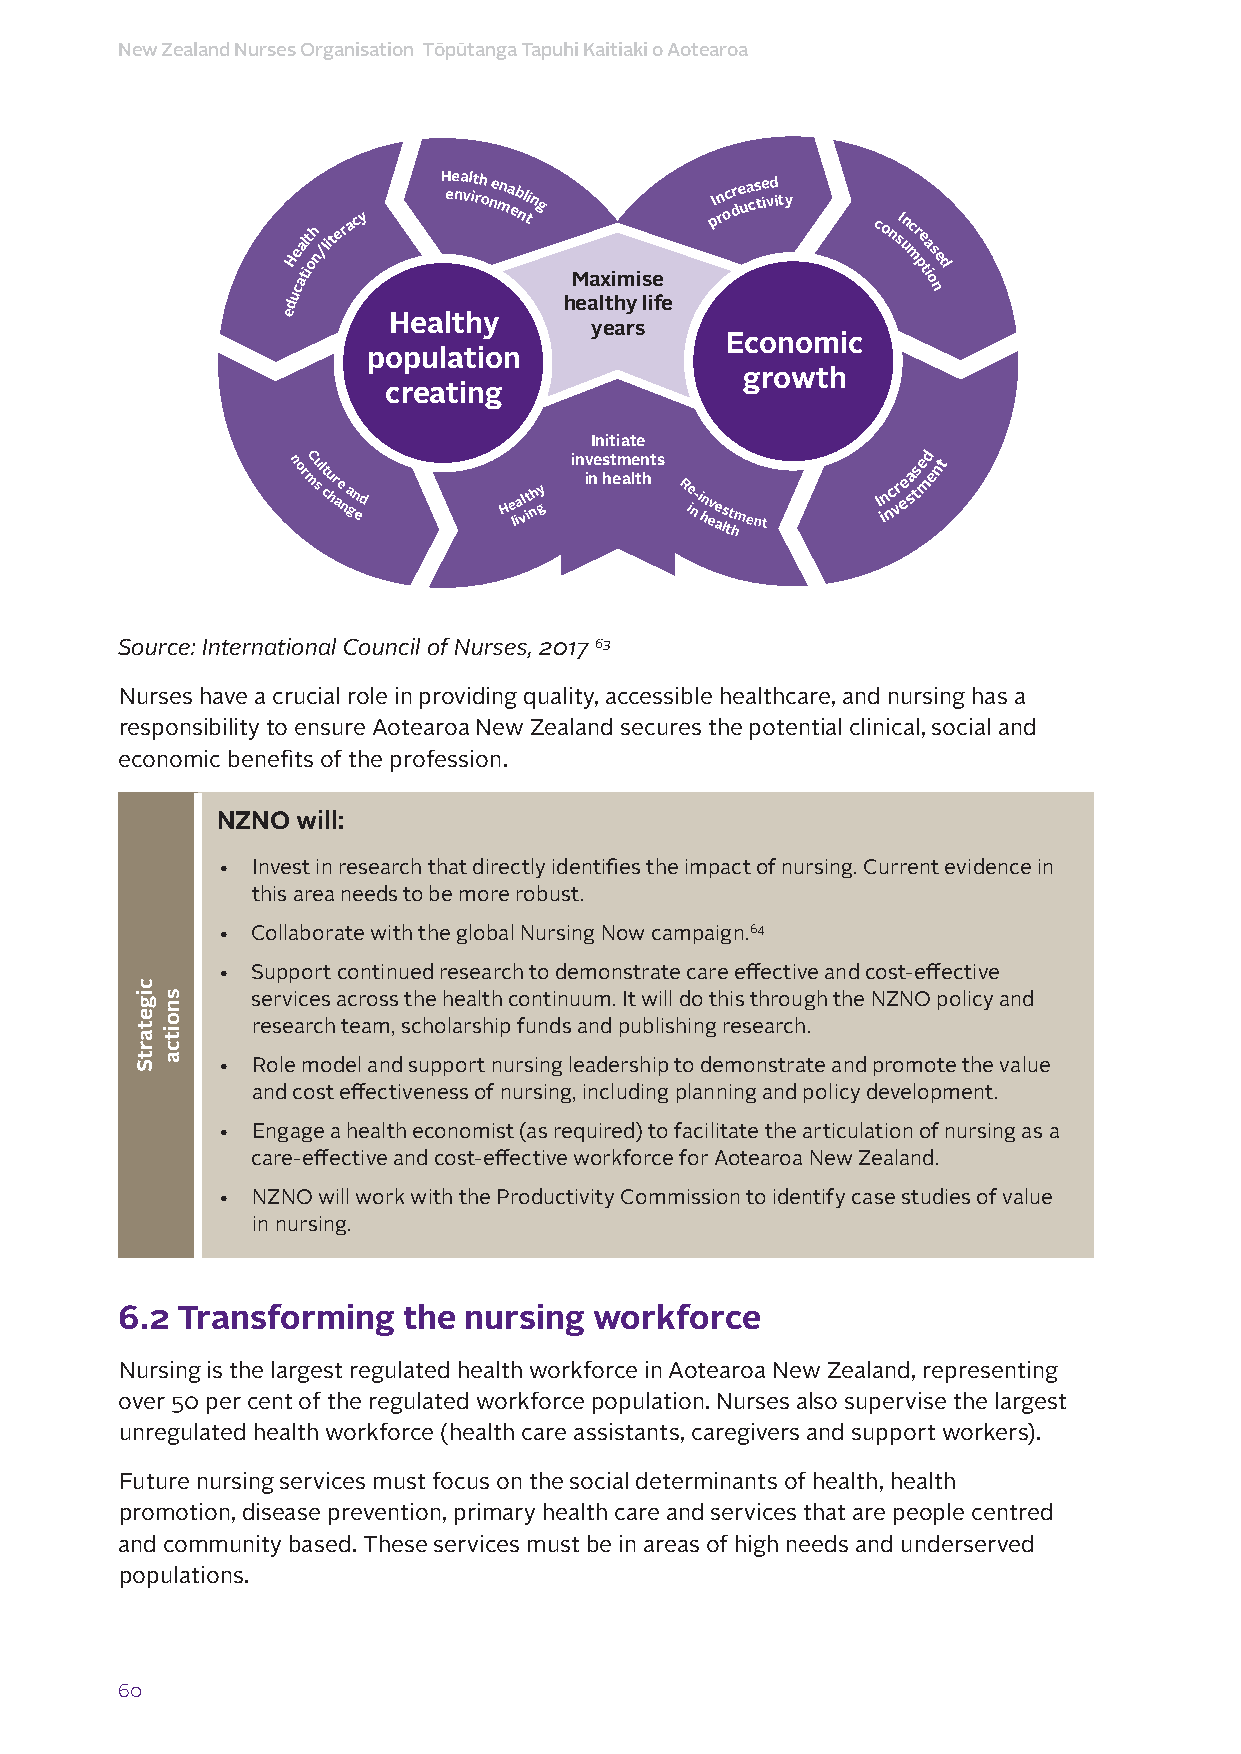
New Zealand Nurses Organisation Tōpūtanga Tapuhi Kaitiaki o Aotearoa
 H ue caa tl it
 oh
 n
 /literacy
 H ee na vl it rh o ne mna eb nl ting
 Maximise
 I pn roc dre ua cs te ivd it y
 consI un mcr
 pe ta
 i
 os ne
 d
 d                 healthy life
 e      Healthy
 years
 Economic
 population
 growth
 creating
 Initiate
 n or mCu sl t cu hr ae n a gn ed He lia vl it nh gy inv ine s ht em ale tn hts Re in- i hn eve as ltt hment I in nc vr ee sa tse md ent
 Source: International Council of Nurses, 2017 63
 Nurses have a crucial role in providing quality, accessible healthcare, and nursing has a
 responsibility to ensure Aotearoa New Zealand secures the potential clinical, social and
 economic benefits of the profession.
 NZNO  will:
 •  Invest in research that directly identifies the impact of nursing. Current evidence in
 this area needs to be more robust.
 •  Collaborate with the global Nursing Now campaign.64
 •  Support continued research to demonstrate care effective and cost-effective
 services across the health continuum. It will do this through the NZNO policy and
 research team, scholarship funds and publishing research.
 •  Role model and support nursing leadership to demonstrate and promote the value
 and cost effectiveness of nursing, including planning and policy development.
 •  Engage a health economist (as required) to facilitate the articulation of nursing as a
 care-effective and cost-effective workforce for Aotearoa New Zealand.
 •  NZNO will work with the Productivity Commission to identify case studies of value
 in nursing.
 6.2 Transforming   the nursing workforce
 Nursing is the largest regulated health workforce in Aotearoa New Zealand, representing
 over 50 per cent of the regulated workforce population. Nurses also supervise the largest
 unregulated health workforce (health care assistants, caregivers and support workers).
 Future nursing services must focus on the social determinants of health, health
 promotion, disease prevention, primary health care and services that are people centred
 and community based. These services must be in areas of high needs and underserved
 populations.
 60
 cigetartS
 snoitca